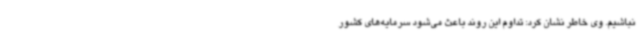
نباشیم. وی خاطر نشان کرد: تداوم این روند باعث می‌شود سرمایه‌های کشور